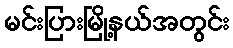
မင်းပြားမြို့နယ်အတွင်း